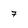
Character: 7